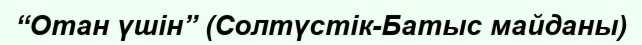
“Отан үшін” (Солтүстік-Батыс майданы)